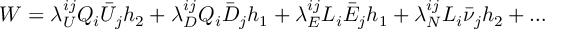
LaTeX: W = \lambda _ { U } ^ { i j } Q _ { i } \bar { U } _ { j } h _ { 2 } + \lambda _ { D } ^ { i j } Q _ { i } \bar { D } _ { j } h _ { 1 } + \lambda _ { E } ^ { i j } L _ { i } \bar { E } _ { j } h _ { 1 } + \lambda _ { N } ^ { i j } L _ { i } \bar { \nu } _ { j } h _ { 2 } + \ldots